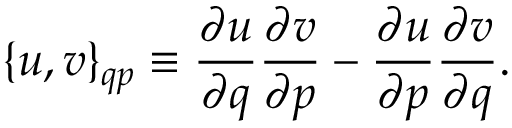
\{ u , v \} _ { q p } \equiv { \frac { \partial u } { \partial q } } { \frac { \partial v } { \partial p } } - { \frac { \partial u } { \partial p } } { \frac { \partial v } { \partial q } } .